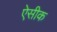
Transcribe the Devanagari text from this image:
ऐसीक